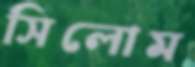
সিলোম